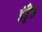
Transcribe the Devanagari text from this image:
इंट्रैंस